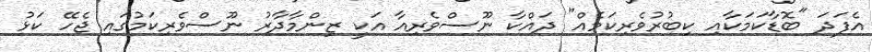
އެފަދަ "ބޮޑާކަމަކާއި ކިބުރުވެރިކަމެއް" ދައްކާ ނޫސްވެރިއާ އަކީ ޒިންމާދާރު ނޫސްވެރިކަމުގައި ޖެހޭ ކަޅު